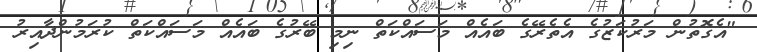
"އެގޮތުން މަރުކަޒުގެ އެތެރޭގެ ބައެއް މަސައްކަތް ނިމި ބޭރުގެ ބައެއް މަސައްކަތް ކުރަމުންދާއިރު